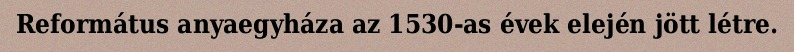
Református anyaegyháza az 1530-as évek elején jött létre.